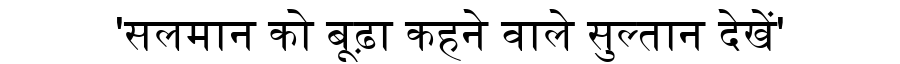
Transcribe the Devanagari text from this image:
'सलमान को बूढ़ा कहने वाले सुल्तान देेखें'